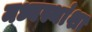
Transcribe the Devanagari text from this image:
मध्यस्थांशा